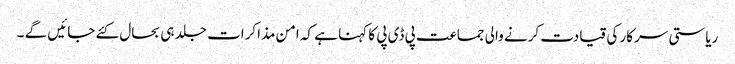
ریاستی سرکار کی قیادت کرنے والی جماعت پی ڈی پی کا کہنا ہے کہ امن مذاکرات جلد ہی بحال کئے جائیں گے ۔